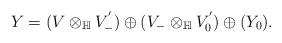
LaTeX: \begin{align*} Y=(V\otimes_{\mathbb{H}} V_{-}^{'})\oplus (V_{-}\otimes_{\mathbb{H}} V_{0}^{'})\oplus (Y_{0}).\end{align*}